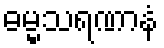
ဓမ္မသရဏာနံ